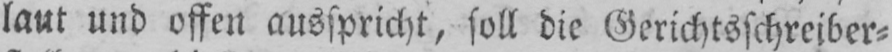
laut und offen ausspricht, soll die Gerichtsschreiber⸗